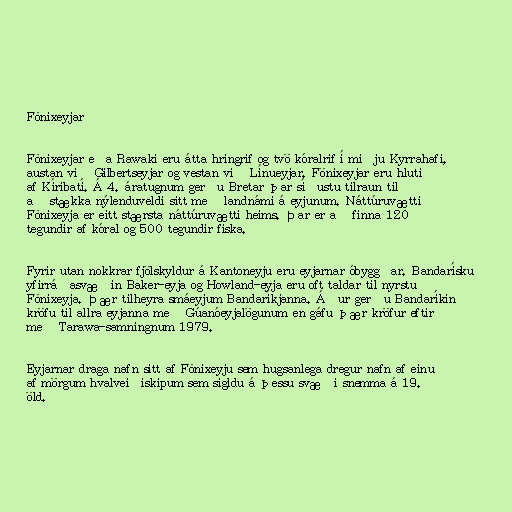
Fönixeyjar

Fönixeyjar eða Rawaki eru átta hringrif og tvö kóralrif í miðju Kyrrahafi,
austan við Gilbertseyjar og vestan við Línueyjar. Fönixeyjar eru hluti
af Kíribatí. Á 4. áratugnum gerðu Bretar þar síðustu tilraun til
að stækka nýlenduveldi sitt með landnámi á eyjunum. Náttúruvætti
Fönixeyja er eitt stærsta náttúruvætti heims. Þar er að finna 120
tegundir af kóral og 500 tegundir fiska.

Fyrir utan nokkrar fjölskyldur á Kantoneyju eru eyjarnar óbyggðar. Bandarísku
yfirráðasvæðin Baker-eyja og Howland-eyja eru oft taldar til nyrstu
Fönixeyja. Þær tilheyra smáeyjum Bandaríkjanna. Áður gerðu Bandaríkin
kröfu til allra eyjanna með Gúanóeyjalögunum en gáfu þær kröfur eftir
með Tarawa-samningnum 1979.

Eyjarnar draga nafn sitt af Fönixeyju sem hugsanlega dregur nafn af einu
af mörgum hvalveiðiskipum sem sigldu á þessu svæði snemma á 19.
öld.